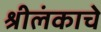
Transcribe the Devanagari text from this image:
श्रीलंकाचे